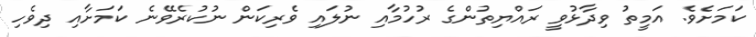
ކަމަށެވެ. އަމީތު ވިދާޅުވީ ރައްޔިތުންގެ ރުހުމާއި ނުލައި ވެރިކަން ނުކުރެވޭނެ ކަމަށާއި ދިވެހި